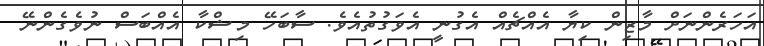
އަހަރެންނަށް މާޒިން ކިޔާ އެއްޗެއް އެގުނީ އެވަގުތުއެވެ. ސާބަހޭ މިޝްކާ އެއްބަސް ނުވެގެންނޭ